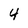
Character: 4